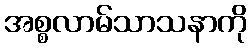
အစ္စလာမ်သာသနာကို